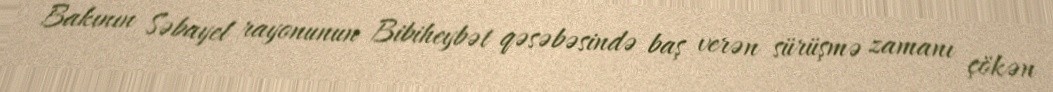
Bakının Səbayel rayonunun Bibiheybət qəsəbəsində baş verən sürüşmə zamanı çökən